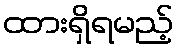
ထားရှိရမည့်